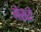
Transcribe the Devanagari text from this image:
मेसरों